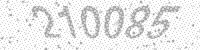
Solution: 210085